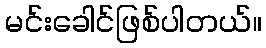
မင်းခေါင်ဖြစ်ပါတယ်။